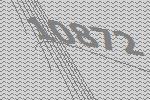
10872